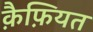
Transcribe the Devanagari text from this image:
क़ैफ़ियत